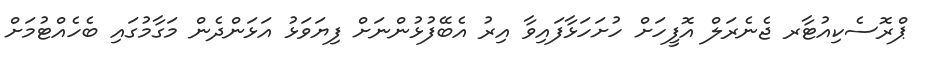
ޕްރޮސެކިއުޓާރ ޖެނެރަލް އޮފީހަށް ހުށަހަޅާފައިވާ އިރު އެބޭފުޅުންނަށް ފިޔަވަޅު އަޅަންދެން މަގާމުގައި ބެހެއްޓުމަށް